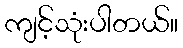
ကျင့်သုံးပါတယ်။